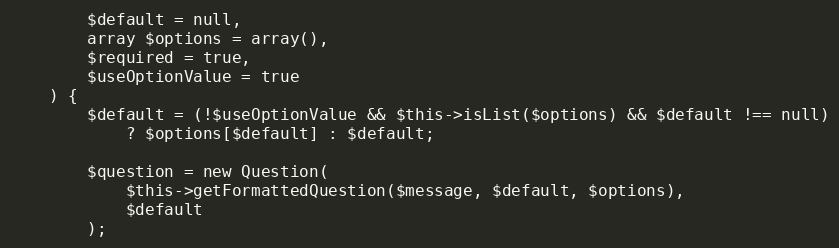
Language: PHP
        $default = null,
        array $options = array(),
        $required = true,
        $useOptionValue = true
    ) {
        $default = (!$useOptionValue && $this->isList($options) && $default !== null)
            ? $options[$default] : $default;

        $question = new Question(
            $this->getFormattedQuestion($message, $default, $options),
            $default
        );